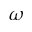
\omega